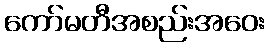
ကော်မတီအစည်းအဝေး